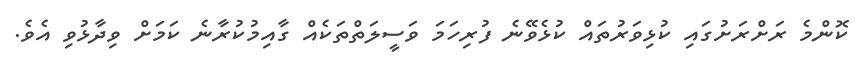
ކޮންމެ ރަށްރަށުގައި ކުޅިވަރުތައް ކުޅެވޭނެ ފުރިހަމަ ވަސީލަތްތަކެއް ގާއިމުކުރާނެ ކަމަށް ވިދާޅުވި އެވެ.